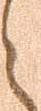
と